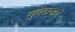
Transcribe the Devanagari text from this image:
सुलतानाचे